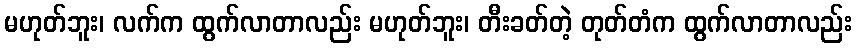
မဟုတ်ဘူး၊ လက်က ထွက်လာတာလည်း မဟုတ်ဘူး၊ တီးခတ်တဲ့ တုတ်တံက ထွက်လာတာလည်း